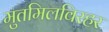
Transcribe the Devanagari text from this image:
मुतमिलविरहर